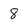
Character: 8